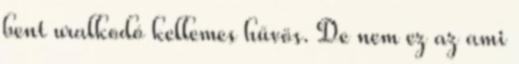
bent uralkodó kellemes hűvös. De nem ez az ami